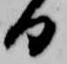
日